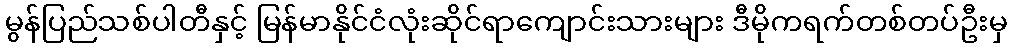
မွန်ပြည်သစ်ပါတီနှင့် မြန်မာနိုင်ငံလုံးဆိုင်ရာကျောင်းသားများ ဒီမိုကရက်တစ်တပ်ဦးမှ